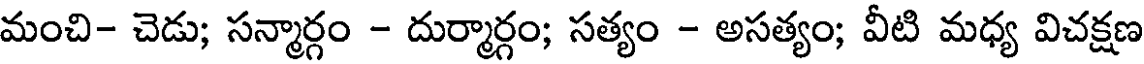
మంచి- చెడు; సన్మార్గం - దుర్మార్గం; సత్యం - అసత్యం; వీటి మధ్య విచక్షణ